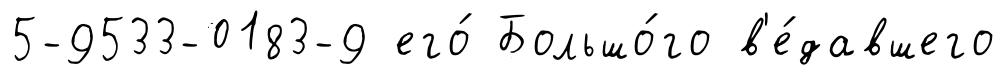
5-9533-0183-9 его́ Большо́го в'е́давшего